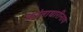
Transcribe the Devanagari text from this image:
कांताधारीनाथ